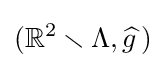
(\mathbb {R} ^{2}\smallsetminus \Lambda ,{\widehat {g\,}})